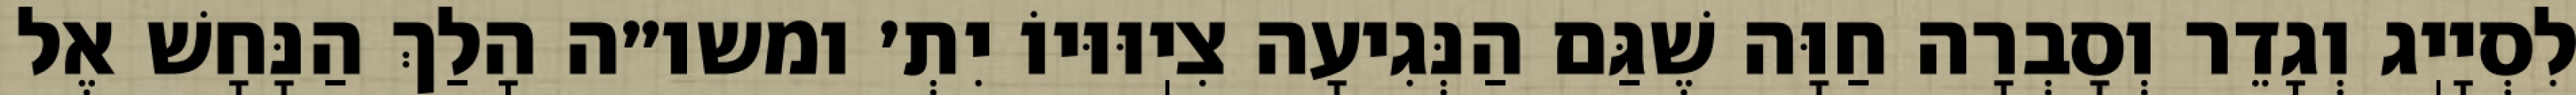
לִסְיָיֽג וְגָדֵר וְסָבְרָה חַוָּה שֶׁגַּם הַנְּגִיעָה צִיֽוּוּיוֹ יִתְ׳ ומשו״ה הָלַךְ הַנָּחָשׁ אֶל